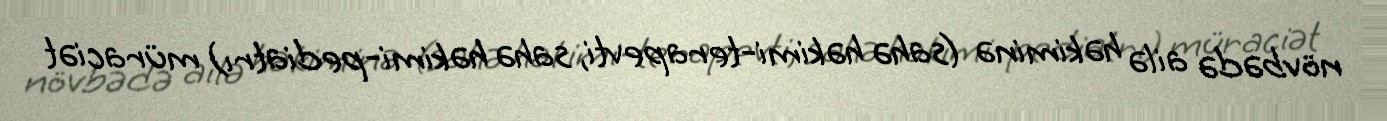
növbədə ailə həkiminə (sahə həkimi-terapevti, sahə həkimi-pediatrı) müraciət